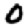
Digit: 0